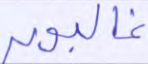
غالبون